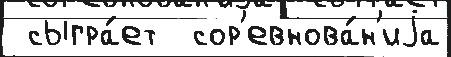
 сыгра́ет  сор'евнова́н'иjа